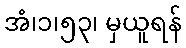
အံ၊၁၊၅၃၊ မှယူရန်